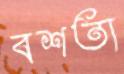
বশতা